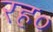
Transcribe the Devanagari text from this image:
रह०